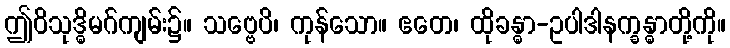
ဤဝိသုဒ္ဓိမဂ်ကျမ်း၌။ သဗ္ဗေပိ၊ ကုန်သော။ ဧတေ၊ ထိုခန္ဓာ-ဥပါဒါနက္ခန္ဓာတို့ကို။